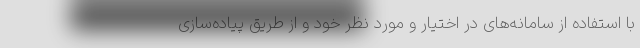
با استفاده از سامانه‌های در اختیار و مورد نظر خود و از طریق پیاده‌سازی